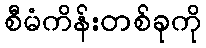
စီမံကိန်းတစ်ခုကို